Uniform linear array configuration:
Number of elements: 4
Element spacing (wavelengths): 0.5
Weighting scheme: blackman
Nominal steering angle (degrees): -15
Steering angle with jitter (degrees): -13.721
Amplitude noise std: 0.05
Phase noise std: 0.05

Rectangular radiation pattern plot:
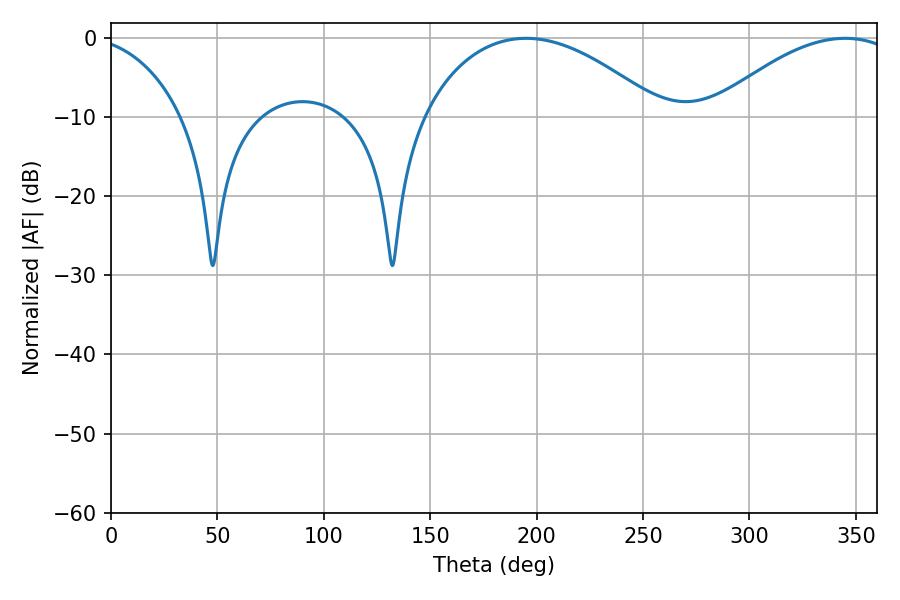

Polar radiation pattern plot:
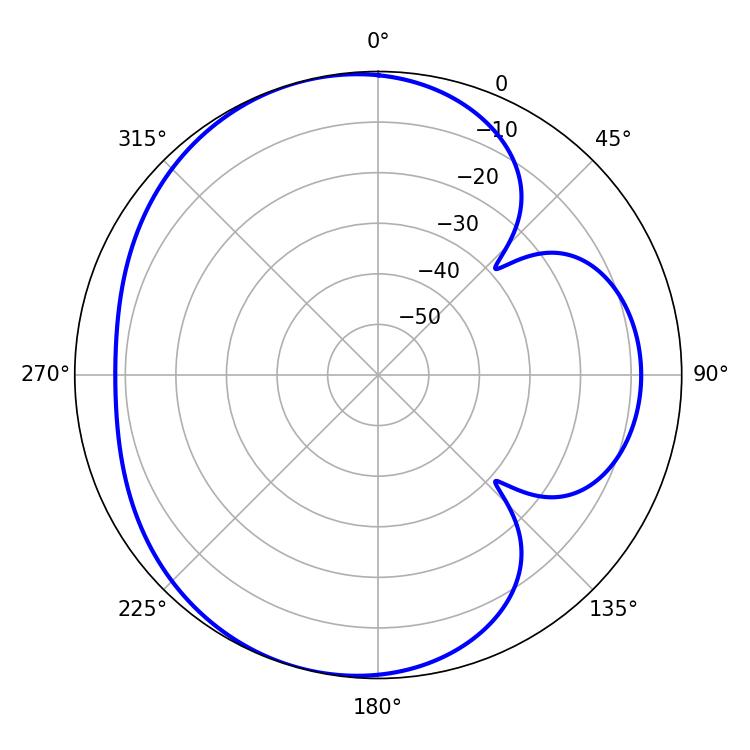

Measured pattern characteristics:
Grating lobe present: FALSE
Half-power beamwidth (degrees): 63.18
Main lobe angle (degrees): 194.94